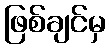
ဖြစ်ချင်မှ